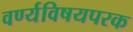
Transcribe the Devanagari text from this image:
वर्ण्यविषयपरक